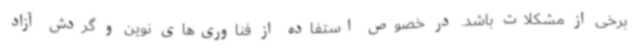
برخی از مشکلات باشد. در خصوص استفاده از فناوری‌های نوین و گردش آزاد